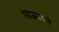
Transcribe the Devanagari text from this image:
डिझाइने